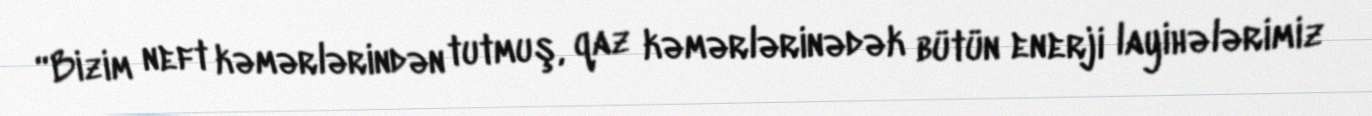
“Bizim neft kəmərlərindən tutmuş, qaz kəmərlərinədək bütün enerji layihələrimiz